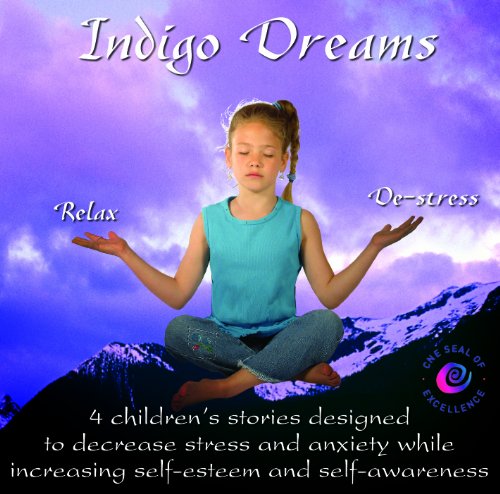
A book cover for Indigo Dreams: Relaxation and Stress Management Bedtime Stories for Children, Improve Sleep, Manage Stress and Anxiety (Indigo Dreams); Children's Books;